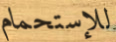
للإستحمام